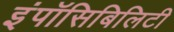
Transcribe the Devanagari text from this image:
इंपॉसिबिलिटी